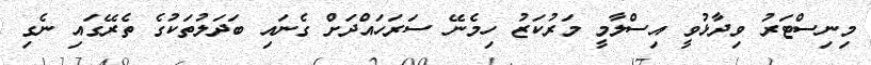
މިނިސްޓަރު ވިދާޅުވީ އިސްލާމީ މަރުކަޒު ހިމެނޭ ސަރަހައްދަށް ގެނައި ބަދަލުތަކުގެ ތެރޭގައި ނެގި